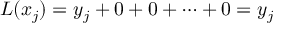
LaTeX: L ( x _ { j } ) = y _ { j } + 0 + 0 + \dots + 0 = y _ { j }